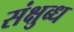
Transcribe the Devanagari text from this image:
संक्षुब्ध